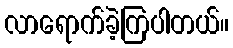
လာရောက်ခဲ့ကြပါတယ်။